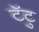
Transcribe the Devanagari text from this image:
टॅटु